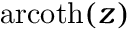
\operatorname { a r c o t h } ( z )